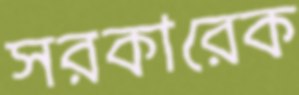
সরকারেক